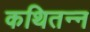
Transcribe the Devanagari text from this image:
कथितन्न